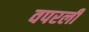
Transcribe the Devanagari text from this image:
वपरली